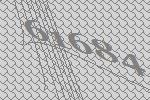
61684